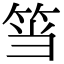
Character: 筜